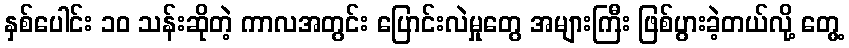
နှစ်ပေါင်း ၁၀ သန်းဆိုတဲ့ ကာလအတွင်း ပြောင်းလဲမှုတွေ အများကြီး ဖြစ်ပွားခဲ့တယ်လို့ တွေ့